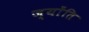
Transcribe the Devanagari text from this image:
ज्योंति